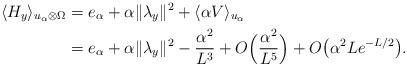
LaTeX: \begin{align*}\langle H_y \rangle_{u_{\alpha} \otimes \Omega} &= e_{\alpha} + \alpha\|\lambda_y \|^2 + \langle \alpha V\rangle_{u_{\alpha}} \\&= e_{\alpha} + \alpha\|\lambda_y \|^2 -\frac{\alpha^2}{L^3} + O\Big( \frac{\alpha^2}{L^5}\Big) + O\big( \alpha^2 L e^{-L/2}\big).\end{align*}